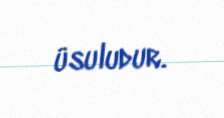
üsuludur.